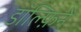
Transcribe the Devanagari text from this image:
डॉल्फ़िनें